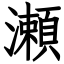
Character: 瀬